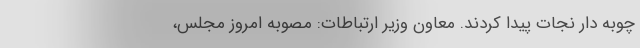
چوبه دار نجات پیدا کردند. معاون وزیر ارتباطات: مصوبه امروز مجلس،